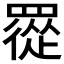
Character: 𦌇